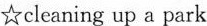
☆cleaning up a park